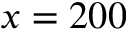
x = 2 0 0